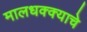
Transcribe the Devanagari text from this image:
मालधक्क्याचे